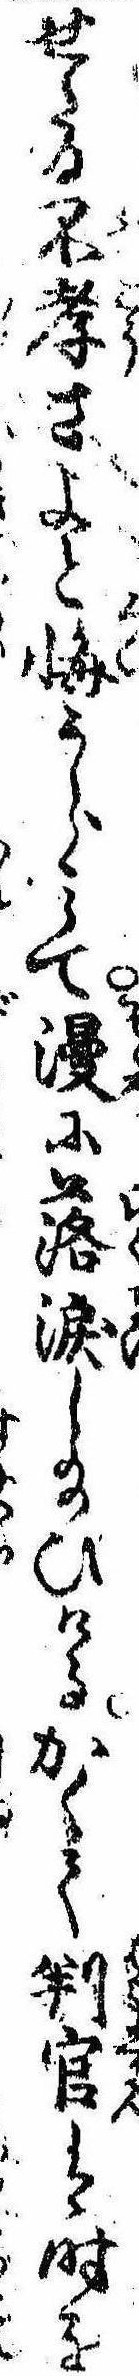
せたる不孝さよと悔うらみて漫に落涙し給ひけるかくて判官は時を